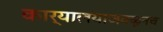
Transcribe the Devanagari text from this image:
कार्यालयाजवळूनच